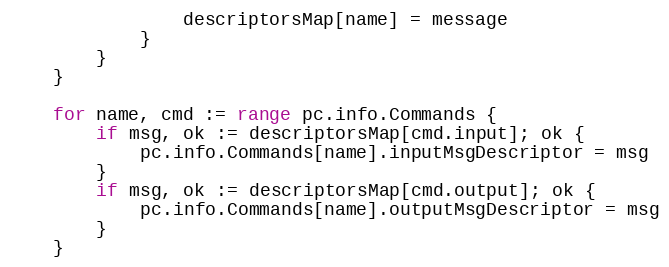
Language: Go
				descriptorsMap[name] = message
			}
		}
	}

	for name, cmd := range pc.info.Commands {
		if msg, ok := descriptorsMap[cmd.input]; ok {
			pc.info.Commands[name].inputMsgDescriptor = msg
		}
		if msg, ok := descriptorsMap[cmd.output]; ok {
			pc.info.Commands[name].outputMsgDescriptor = msg
		}
	}